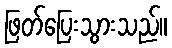
ဖြတ်ပြေးသွားသည်။